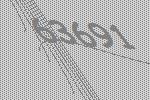
63691